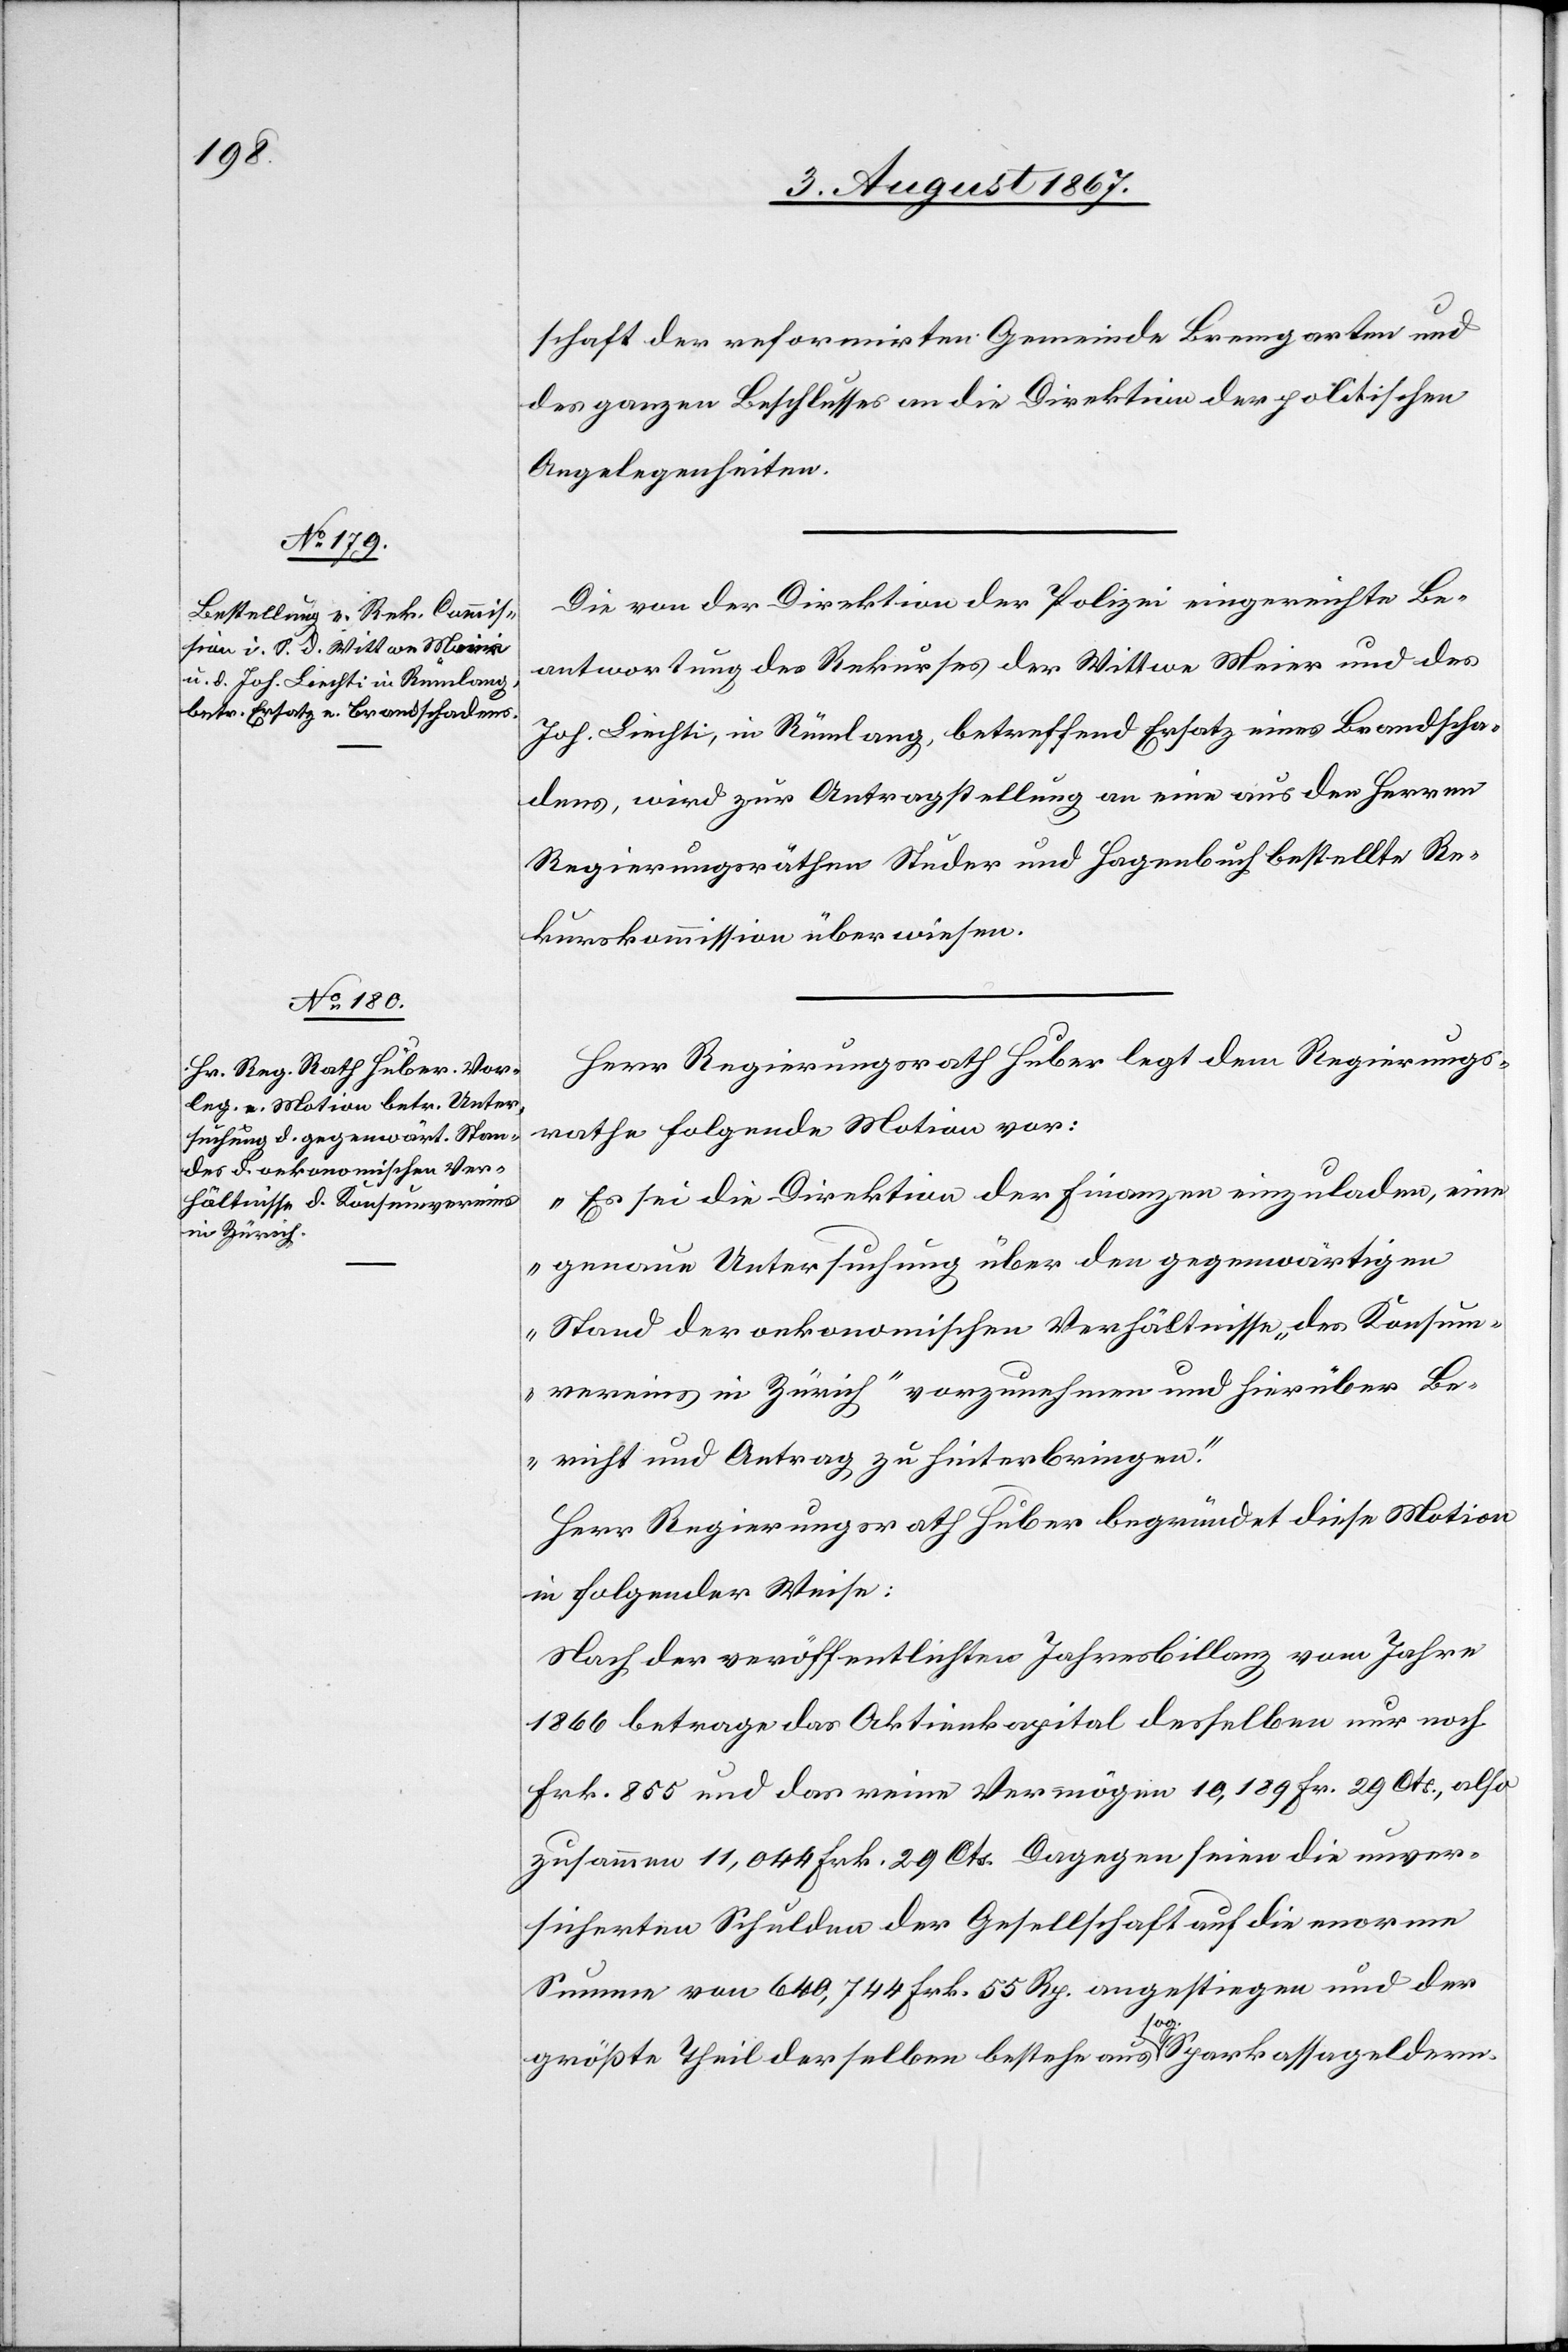
schaft der reformirten Gemeinde Bremgarten und
des ganzen Beschlusses an die Direktion der politischen
Angelegenheiten.
Die von der Direktion der Polizei eingereichte Be¬
antwortung des Rekurses der Wittwe Meier und des
Joh. Liechti, in Rümlang, betreffend Ersatz eines Brandscha¬
dens, wird zur Antragstellung an eine aus den Herren
Regierungsräthen Studer und Hagenbuch bestellte Re¬
kurskommission überwiesen.
Herr Regierungsrath Huber legt dem Regierungs¬
rathe folgende Motion vor:
„Es sei die Direktion der Finanzen einzuladen, eine
genaue Untersuchung über den gegenwärtigen
Stand der oekonomischen Verhältnisse „des Konsum¬
vereins in Zürich“ vorzunehmen und hierüber Be¬
richt und Antrag zu hinterbringen.“
Herr Regierungsrath Huber begründet diese Motion
in folgender Weise:
Nach der veröffentlichten Jahresbilanz vom Jahre
1866 betrage das Aktienkapital desselben nur noch
Frk. 855 und das reine Vermögen 10 189 Fr. 29 Cts., also
zusammen 11 044 Frk. 29 Cts. Dagegen seien die unver¬
sicherten Schulden der Gesellschaft auf die enorme
Summe von 640 744 Frk. 55 Rp. angestiegen und der
größte Theil derselben bestehe aus sog. Sparkassageldern.